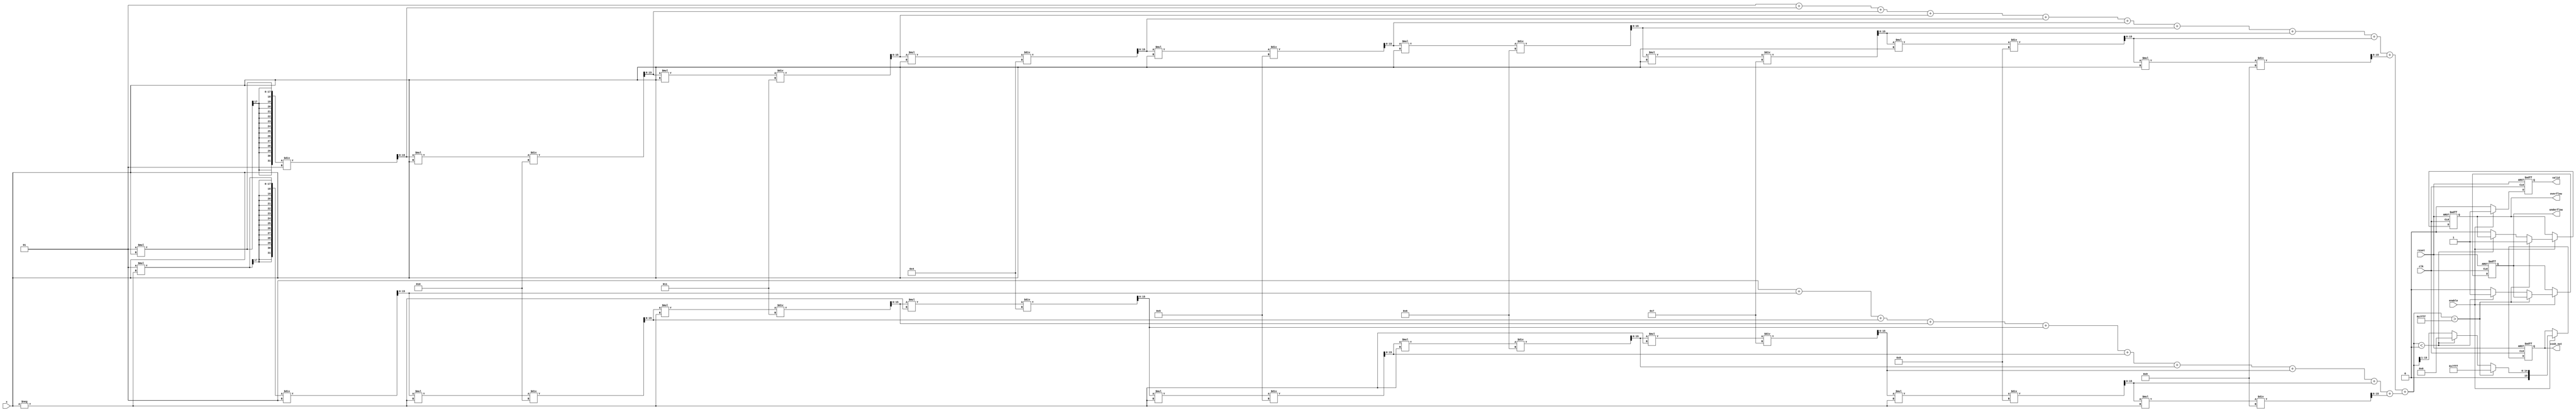
module hyperbolic_cosh #(
    parameter WIDTH = 16,        // Configurable width for input and output
    parameter EXP_WIDTH = 8      // Width for the exponent in floating-point representation
)(
    input wire clk,
    input wire reset,
    input wire enable,
    input wire signed [WIDTH-1:0] x, // Input signal
    output reg signed [WIDTH-1:0] cosh_out, // Output signal
    output reg valid,             // Output valid signal
    output reg overflow,          // Overflow flag
    output reg underflow          // Underflow flag
);

    // Internal signals
    reg signed [WIDTH-1:0] exp_x;      // e^x
    reg signed [WIDTH-1:0] exp_neg_x;  // e^(-x)
    reg signed [WIDTH-1:0] temp_cosh;  // Temporary storage for cosh computation

    // Exponential function approximation (using Taylor series)
    function signed [WIDTH-1:0] exp_func;
        input signed [WIDTH-1:0] val;
        reg signed [WIDTH-1:0] result;
        reg signed [WIDTH-1:0] term;
        integer i;
        begin
            result = 0;
            term = 1; // 0! = 1
            for (i = 0; i < 10; i = i + 1) begin // 10 terms for approximation
                result = result + term;
                term = term * val / (i + 1); // term = val^i / i!
            end
            exp_func = result;
        end
    endfunction

    // Main computation block
    always @(posedge clk or posedge reset) begin
        if (reset) begin
            cosh_out <= 0;
            valid <= 0;
            overflow <= 0;
            underflow <= 0;
        end else if (enable) begin
            // Compute e^x and e^(-x)
            exp_x = exp_func(x);
            exp_neg_x = exp_func(-x);

            // Compute cosh(x) = (e^x + e^(-x)) / 2
            temp_cosh = exp_x + exp_neg_x;

            // Check for overflow and underflow
            if (temp_cosh > (1 << (WIDTH-1)) - 1) begin
                overflow <= 1;
                cosh_out <= (1 << (WIDTH-1)) - 1; // Saturate to max value
            end else if (temp_cosh < 0) begin
                underflow <= 1;
                cosh_out <= 0; // Saturate to min value
            end else begin
                overflow <= 0;
                underflow <= 0;
                cosh_out <= temp_cosh >> 1; // Divide by 2
            end

            valid <= 1; // Output is valid
        end else begin
            valid <= 0; // Output is not valid when not enabled
        end
    end
endmodule